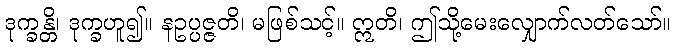
ဒုက္ခန္တိ၊ ဒုက္ခဟူ၍။ နဥပ္ပဇ္ဇတိ၊ မဖြစ်သင့်။ ဣတိ၊ ဤသို့မေးလျှောက်လတ်သော်။